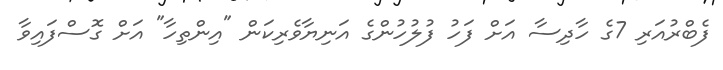
ފެބްރުއަރި 7ގެ ހާދިސާ އަށް ފަހު ފުލުހުންގެ އަނިޔާވެރިކަން "އިންތިހާ" އަށް ގޮސްފައިވާ